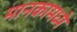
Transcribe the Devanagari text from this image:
मानकामध्ये